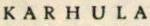
KARHULA